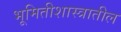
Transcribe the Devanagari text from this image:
भूमितीशास्त्रातील